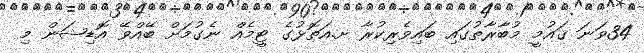
34ވަނަ ޤައުމީ މުބާރާތުގައި ބައިވެރިކުރާ ށ.އަތޮޅުގެ ޓީމެއް ނެގުމަށް ބޭއްވޭ އޮޑިޝަން މި